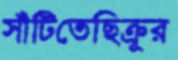
সাঁটিতেছিক্রূর